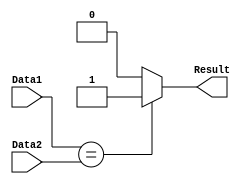
`timescale 1ns / 1ps
//////////////////////////////////////////////////////////////////////////////////
// Company: 
// 
// Design Name: 
// Module Name:     MIPS_COMPARATOR
// Project Name: 

// Revision: 
// Revision 0.01 - File Created
// Additional Comments: 
//
////////////////////////////////////// COMPARATOR ///////////////////////////////////////
module MIPS_COMPARATOR(
	input   [31:0] Data1, //Input-1
	input   [31:0] Data2,	//Input-2
	output	reg Result	//Result
);
	//Comparator used by BEQ instruction in ID Stage
	always @(Data1, Data2)
	begin
		if(Data1 == Data2) begin
			Result = 1'b1;
		end	
		else begin
			Result = 1'b0;
		end
	end

endmodule